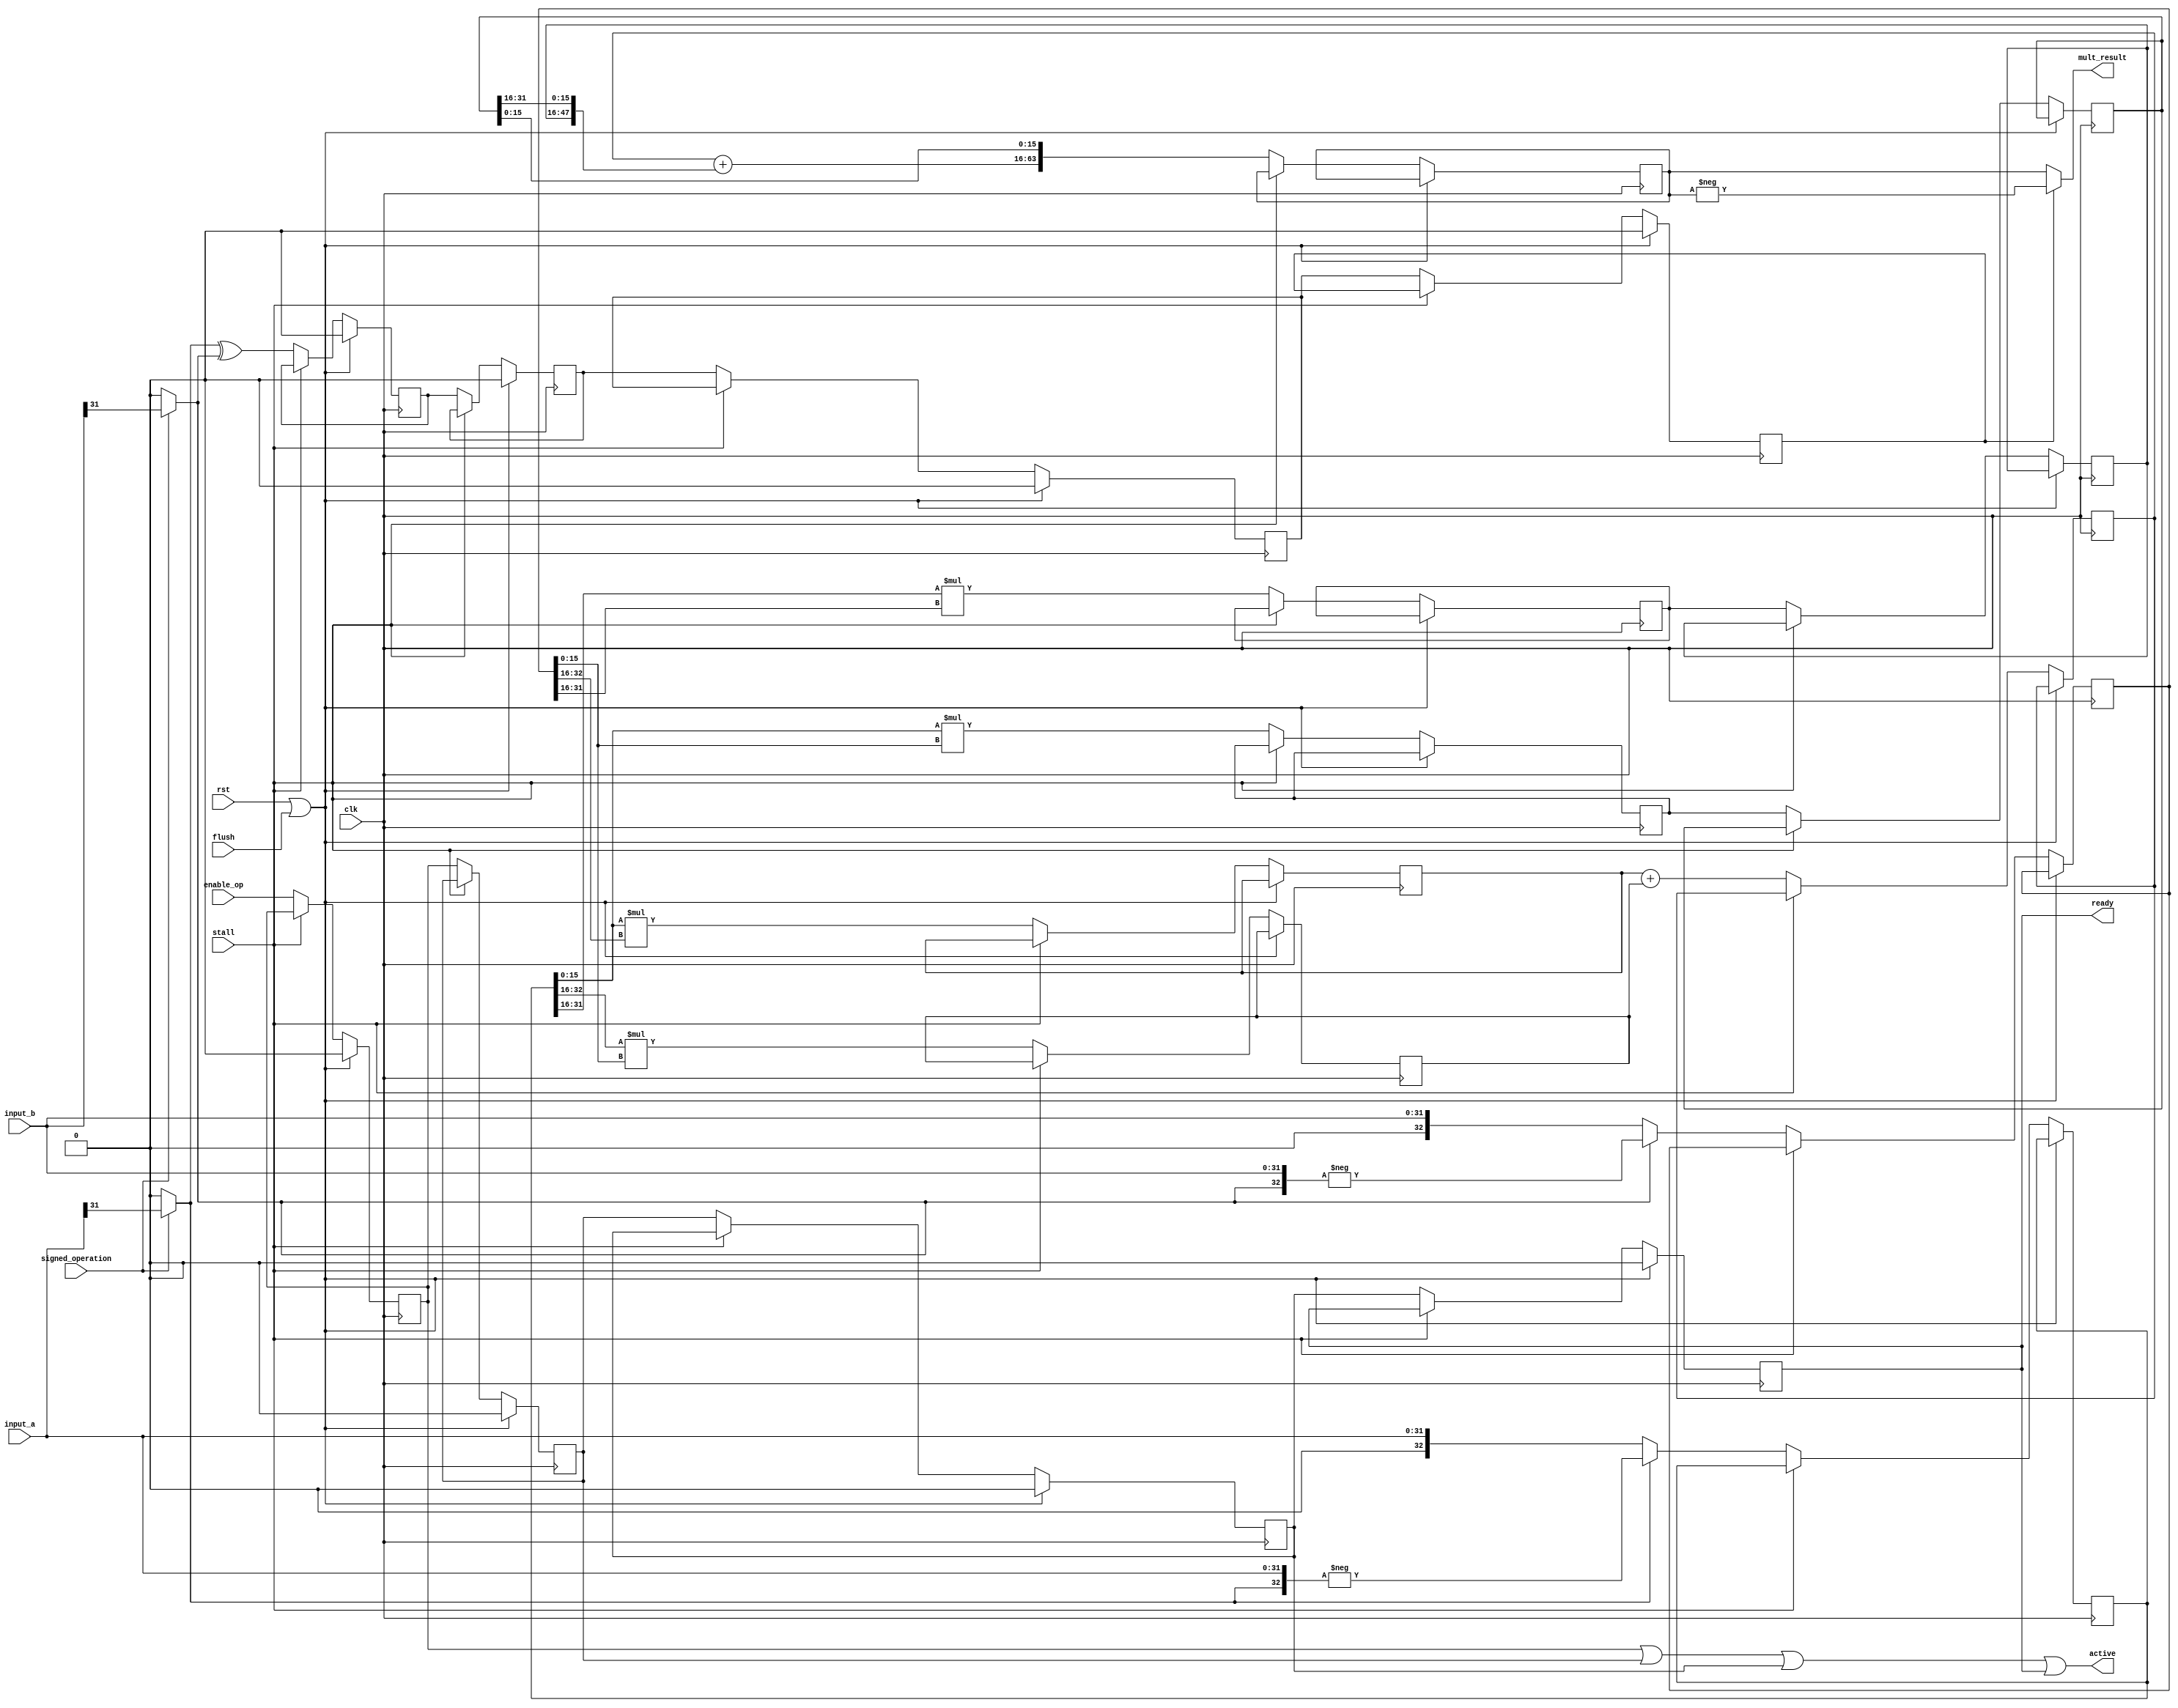
//==================================================================================================
//  Revision      : 1.0
//  Company       : Universidad Simn Bolvar
//
//  Description   : 32 x 32 pipelined multiplier.
//                  For signed operations: invert, perform unsigned mult, set result sign.
//==================================================================================================

module musb_multiplier(
    input               clk,                // clock
    input               rst,                // reset
    input       [31:0]  input_a,            // Data
    input       [31:0]  input_b,            // Data
    input               signed_operation,   // Unsigned (0) or signed operation (1)
    input               enable_op,          // Signal a valid operation
    input               stall,              // Freeze the pipeline
    input               flush,              // Flush the pipeline
    output      [63:0]  mult_result,        // Result
    output              active,             // Active operations @ pipeline
    output              ready               // Valid data on output port (result)
    );

    //--------------------------------------------------------------------------
    // Signal Declaration: reg
    //--------------------------------------------------------------------------
    reg [32:0]  A;
    reg [32:0]  B;
    reg [31:0]  result_ll_0;
    reg [31:0]  result_lh_0;
    reg [31:0]  result_hl_0;
    reg [31:0]  result_hh_0;        // keep only 32 bits (ISE Warning)
    reg [31:0]  result_ll_1;
    reg [31:0]  result_hh_1;        // keep only 32 bits (ISE Warning)
    reg [32:0]  result_mid_1;
    reg [63:0]  result_mult;

    reg         active0;            // Pipeline the enable signal, so HDU can know if a valid operation is in the pipeline
    reg         active1;
    reg         active2;
    reg         active3;
    reg         sign_result0;
    reg         sign_result1;
    reg         sign_result2;
    reg         sign_result3;


    ///-------------------------------------------------------------------------
    // Signal Declaration: wire
    //--------------------------------------------------------------------------
    wire        sign_a;
    wire        sign_b;
    wire [47:0] partial_sum;
    wire [32:0] a_sign_ext;
    wire [32:0] b_sign_ext;

    //--------------------------------------------------------------------------
    // assignments
    //--------------------------------------------------------------------------
    assign sign_a      = (signed_operation) ? input_a[31] : 1'b0;
    assign sign_b      = (signed_operation) ? input_b[31] : 1'b0;
    assign a_sign_ext  = {sign_a, input_a};
    assign b_sign_ext  = {sign_b, input_b};
    assign partial_sum = {15'b0, result_mid_1} + {result_hh_1[31:0], result_ll_1[31:16]};
    assign mult_result = sign_result3 ? -result_mult : result_mult;                         // Set true sign.
    assign ready       = active3;
    assign active      = active0 | active1 | active2 | active3;                             // 4th stage holds the result

    //--------------------------------------------------------------------------
    // Implement the pipeline
    //--------------------------------------------------------------------------
    always @(posedge clk ) begin
        if (rst | flush) begin
            active0      <= 1'b0;
            active1      <= 1'b0;
            active2      <= 1'b0;
            active3      <= 1'b0;
            sign_result0 <= 1'b0;
            sign_result1 <= 1'b0;
            sign_result2 <= 1'b0;
            sign_result3 <= 1'b0;
        end
        else if(~stall) begin
            // --- first stage
            // Change sign. Perform unsigned multiplication. Save the result sign.
            A            <= sign_a ? -a_sign_ext : a_sign_ext;
            B            <= sign_b ? -b_sign_ext : b_sign_ext;
            sign_result0 <= sign_a ^ sign_b;
            active0      <= enable_op;
            // --- second stage
            result_ll_0  <= A[15:0]  *  B[15:0];       // 16 x 16
            result_lh_0  <= A[15:0]  *  B[32:16];      // 16 x 17
            result_hl_0  <= A[32:16] *  B[15:0];       // 17 x 16
            result_hh_0  <= A[31:16] *  B[31:16];      // 16 x 16
            sign_result1 <= sign_result0;
            active1      <= active0;
            // --- third stage
            result_ll_1  <= result_ll_0;
            result_hh_1  <= result_hh_0;
            result_mid_1 <= result_lh_0 + result_hl_0;      // sum mid
            sign_result2 <= sign_result1;
            active2      <= active1;
            // -- fourth stage
            result_mult  <= {partial_sum, result_ll_1[15:0]};
            sign_result3 <= sign_result2;
            active3      <= active2;
        end
    end
endmodule